Document type: Barter
Year: 1304
Scribe: Pere Pometa
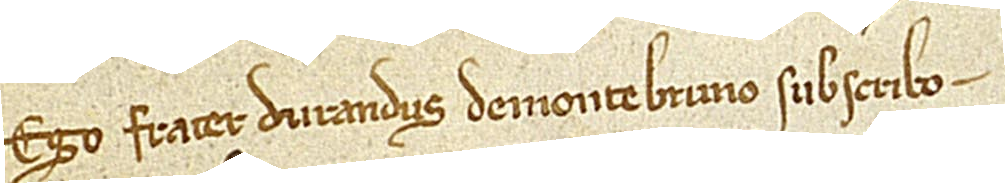
Ego frater Durandus de Montebruno subscribo.